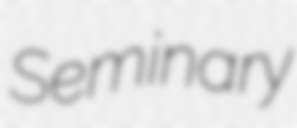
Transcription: Seminary